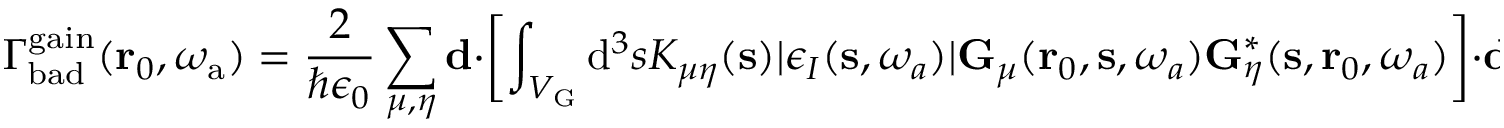
\Gamma _ { \mathrm { b a d } } ^ { \mathrm { g a i n } } ( \mathbf { r } _ { 0 } , \omega _ { \mathrm { a } } ) = \frac { 2 } { \hbar \epsilon _ { 0 } } \sum _ { \mu , \eta } \mathbf { d } \cdot \left[ \int _ { V _ { \mathrm { G } } } { \mathrm d } ^ { 3 } s K _ { \mu \eta } ( \mathbf { s } ) | \epsilon _ { I } ( \mathbf { s } , \omega _ { a } ) | \mathbf { G } _ { \mu } ( \mathbf { r } _ { 0 } , \mathbf { s } , \omega _ { a } ) \mathbf { G } _ { \eta } ^ { * } ( \mathbf { s } , \mathbf { r } _ { 0 } , \omega _ { a } ) \right] \cdot \mathbf { d } ,